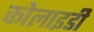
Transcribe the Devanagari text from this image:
कोलाइडी